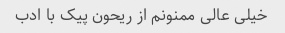
خیلی عالی ممنونم از ریحون پیک با ادب